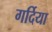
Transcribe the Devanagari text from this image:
गर्दिया